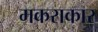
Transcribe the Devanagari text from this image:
मकराकार